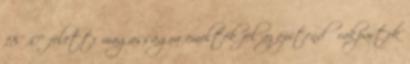
18’ „0” feletti magasságra emelték fel az építendő rakpartok